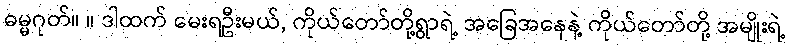
ဓမ္မဂုတ်။ ။ ဒါထက် မေးရဦးမယ်, ကိုယ်တော်တို့ရွာရဲ့ အခြေအနေနဲ့ ကိုယ်တော်တို့ အမျိုးရဲ့